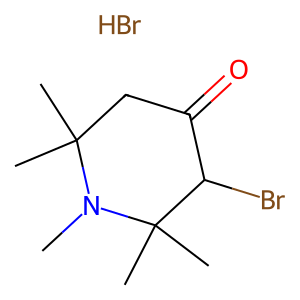
SMILES: Br.CN1C(C)(C)CC(=O)C(Br)C1(C)C
Inhibits HIV replication: No